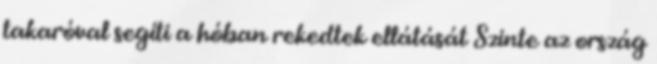
takaróval segíti a hóban rekedtek ellátását Szinte az ország